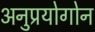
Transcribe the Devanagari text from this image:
अनुप्रयोगोन